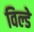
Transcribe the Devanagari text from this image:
विल्डे